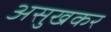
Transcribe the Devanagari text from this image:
असुखकर